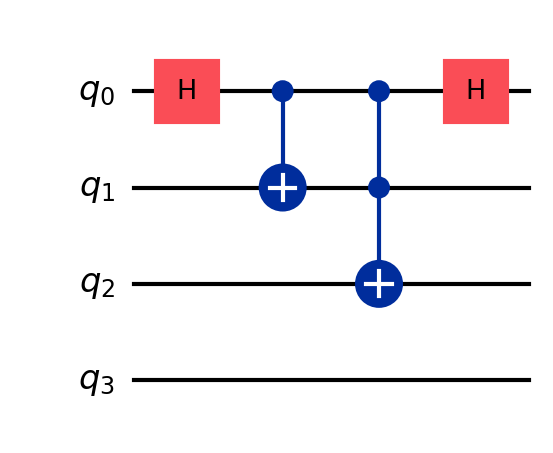
Description: Quantum walk: coin + position shift
描述: 量子行走：硬币+位置移动
Category: advanced_algorithms (difficulty: advanced)
Qubits: 3, circuit depth: 4

Braket implementation:
from braket.circuits import Circuit
circuit = Circuit().h(0).cnot(0, 1).ccnot(0, 1, 2).h(0)